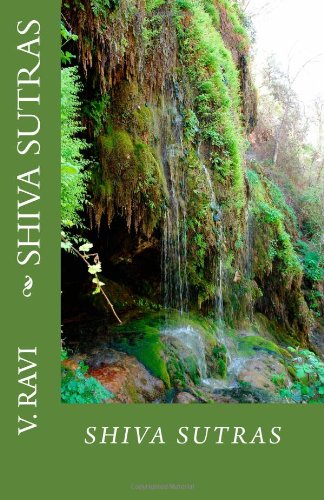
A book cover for Shiva Sutras; V Ravi; Religion & Spirituality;